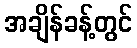
အချိန်ခန့်တွင်